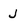
Character: J